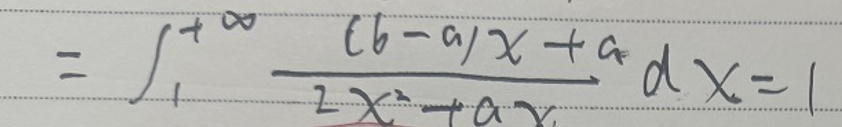
\[
=\int_{1}^{+\infty}\frac{(b - a)x + a}{2x^{2}+ax}dx = 1
\]